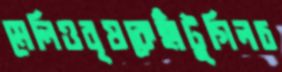
মেলিওবৃষকেহাঁটুগিলচ